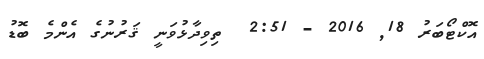
އޮކްޓޯބަރު 18